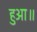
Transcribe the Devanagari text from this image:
हुआ॥